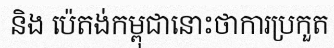
និង ប៉េតង់កម្ពុជានោះថាការប្រកួត